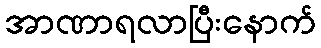
အာဏာရလာပြီးနောက်